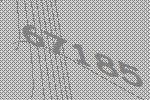
67185